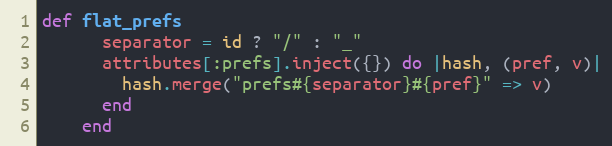
Language: Ruby
def flat_prefs
      separator = id ? "/" : "_"
      attributes[:prefs].inject({}) do |hash, (pref, v)|
        hash.merge("prefs#{separator}#{pref}" => v)
      end
    end